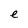
Character: e